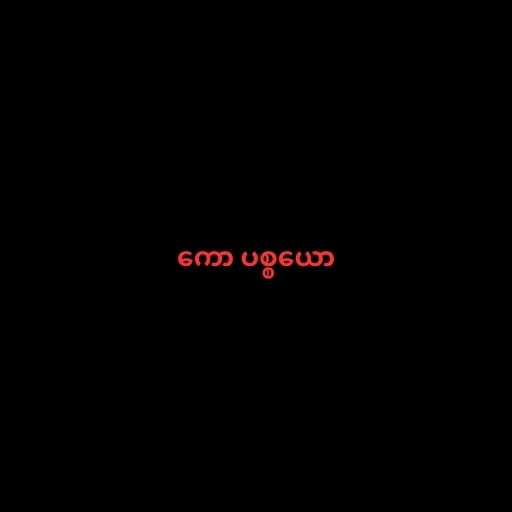
ကော ပစ္စယော